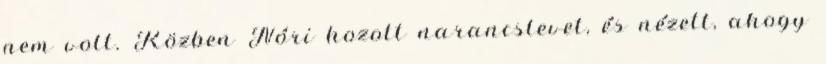
nem volt. Közben Nóri hozott narancslevet, és nézett, ahogy